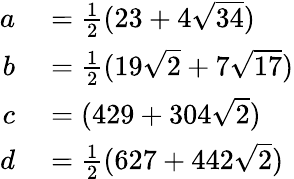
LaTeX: \begin{array}{rl}{a}&{{}={\frac{1}{2}}(23+4{\sqrt{34}})}\\ {b}&{{}={\frac{1}{2}}(19{\sqrt{2}}+7{\sqrt{17}})}\\ {c}&{{}=(429+304{\sqrt{2}})}\\ {d}&{{}={\frac{1}{2}}(627+442{\sqrt{2}})}\end{array}